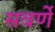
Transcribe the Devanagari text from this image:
सवर्णे